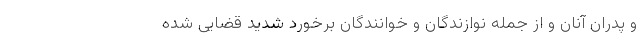
و پدران آنان و از جمله نوازندگان و خوانندگان برخورد شدید قضایی شده